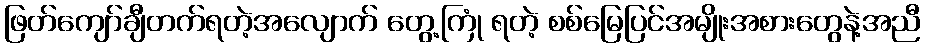
ဖြတ်ကျော်ချီတက်ရတဲ့အလျောက် တွေ့ကြုံ ရတဲ့ စစ်မြေပြင်အမျိုးအစားတွေနဲ့အညီ